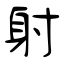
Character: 射